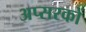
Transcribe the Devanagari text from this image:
अप्सरकों